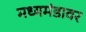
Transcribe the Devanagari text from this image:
मध्यमंडावर